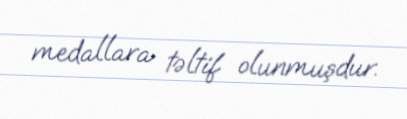
medallara təltif olunmuşdur.